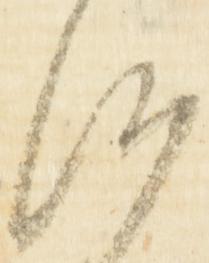
候